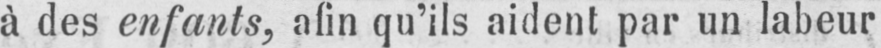
à des enfants, afin qu’ils aident par un labeur